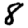
Digit: 8